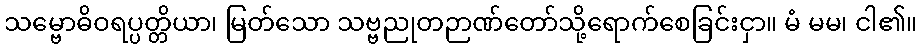
သမ္ဗောဓိဝရပ္ပတ္တိယာ၊ မြတ်သော သဗ္ဗညုတဉာဏ်တော်သို့ရောက်စေခြင်းငှာ။ မံ မမ၊ ငါ၏။